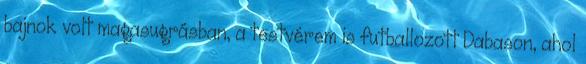
bajnok volt magasugrásban, a testvérem is futballozott Dabason, ahol